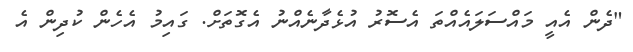
"ދެން އެއީ މައްސަލައެއްތަ އެސޮރު އުޅެދާނެއްނު އެގޮތަށް. ގައިމު އެހެން ކުދިން އެ